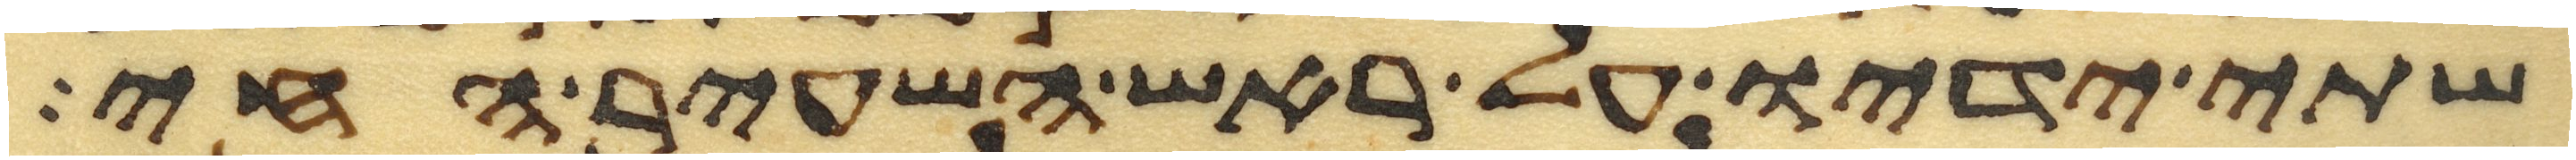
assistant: שתי ידיו על ראש השעיר החי